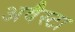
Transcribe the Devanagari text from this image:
अवैस्टा